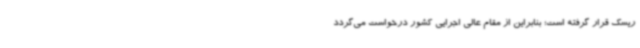
ریسک قرار گرفته است؛ بنابراین از مقام عالی اجرایی کشور درخواست می‌گردد